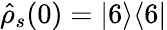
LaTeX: \hat{\rho}_{s}(0)=|6\rangle\langle 6|